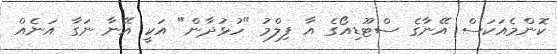
ކޮންމެއަކަސް އޭނާގެ ސްޓޫޑިއޯގެ އާ ފިލްމު "ހުޅުދާން" އަކީ އޭނާ ނަގާ އަނެއް